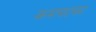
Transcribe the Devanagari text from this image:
कमचटका